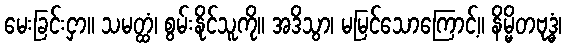
မေးခြင်းငှာ။ သမတ္ထံ၊ စွမ်းနိုင်သူကို။ အဒိသွာ၊ မမြင်သောကြောင့်။ နိမ္မိတဗုဒ္ဓံ၊